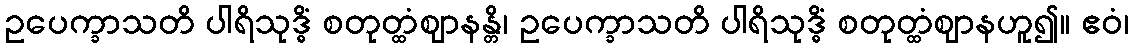
ဥပေက္ခာသတိ ပါရိသုဒ္ဓိံ စတုတ္ထံဈာနန္တိ၊ ဥပေက္ခာသတိ ပါရိသုဒ္ဓိံ စတုတ္ထံဈာနဟူ၍။ ဧဝံ၊